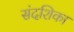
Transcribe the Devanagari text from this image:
संदशिका